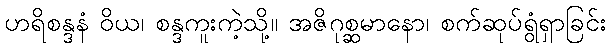
ဟရိစန္ဒနံ ဝိယ၊ စန္ဒကူးကဲ့သို့။ အဇိဂုစ္ဆမာနော၊ စက်ဆုပ်ရွံရှာခြင်း